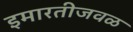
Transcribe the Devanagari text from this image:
इमारतीजवळ